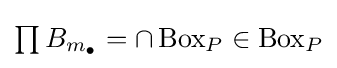
{\textstyle \prod B_{m_{\bullet }}=\cap \operatorname {Box} _{P}\in \operatorname {Box} _{P}}